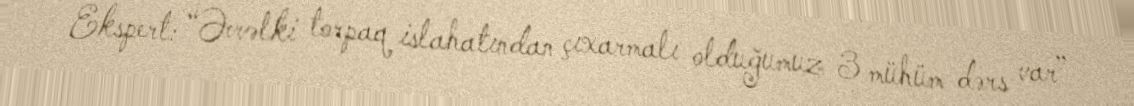
Ekspert: “Əvvəlki torpaq islahatından çıxarmalı olduğumuz 3 mühüm dərs var”